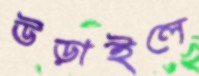
উড়াইলে